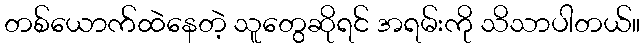
တစ်ယောက်ထဲနေတဲ့ သူတွေဆိုရင် အရမ်းကို သိသာပါတယ်။